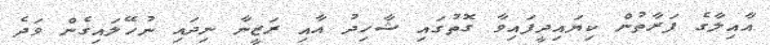
އާއިލާގެ ފަރާތުން ކިޔައިދީފައިވާ ގޮތުގައި ޝާހިދު އާއި ރަޒީނާ ނިދައި ނުހޭލައިގެން ވަދެ